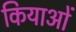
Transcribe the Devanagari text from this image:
कियाओं